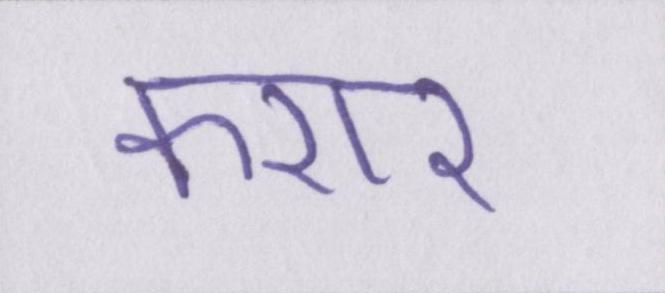
करार